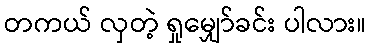
တကယ် လှတဲ့ ရှုမျှော်ခင်း ပါလား။